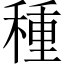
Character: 種